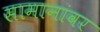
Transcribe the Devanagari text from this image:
सामानांवर